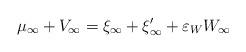
LaTeX: \begin{align*}\mu_\infty+V_\infty=\xi_\infty+\xi_\infty'+\varepsilon_W W_\infty\end{align*}